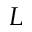
{ \cal L }